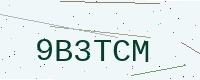
Text: 9B3TCM